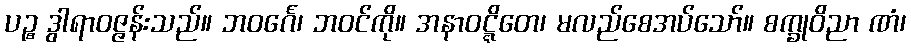
ပဉ္စ ဒွါရာဝဇ္ဇန်းသည်။ ဘဝင်္ဂေ၊ ဘဝင်ကို။ အနာဝဋ္ဋိတေ၊ မလည်စေအပ်သော်။ စက္ခုဝိညာ ဏံ၊